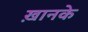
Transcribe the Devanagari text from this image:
ख़ानके